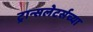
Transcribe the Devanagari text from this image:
ट्रान्सलेटर्सच्या